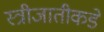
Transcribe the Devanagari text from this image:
स्त्रीजातीकडे